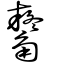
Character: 觺